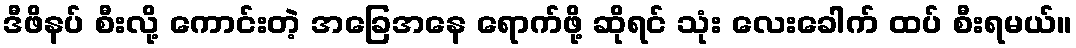
ဒီဖိနပ် စီးလို့ ကောင်းတဲ့ အခြေအနေ ရောက်ဖို့ ဆိုရင် သုံး လေးခေါက် ထပ် စီးရမယ်။